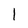
Character: l